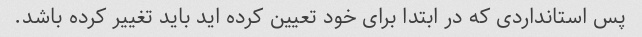
پس استانداردی که در ابتدا برای خود تعیین کرده اید باید تغییر کرده باشد.